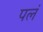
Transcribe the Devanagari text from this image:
पलं